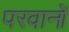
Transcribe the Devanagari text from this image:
परवानों